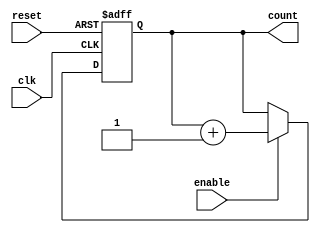
module binary_up_counter (
    input wire clk,
    input wire reset,
    input wire enable,
    output reg [7:0] count
);

always @(posedge clk or posedge reset) begin
    if (reset) begin
        count <= 8'b0;
    end else if (enable) begin
        count <= count + 1;
    end
end

endmodule